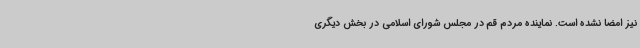
نیز امضا نشده است. نماینده مردم قم در مجلس شورای اسلامی در بخش دیگری